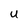
Character: U